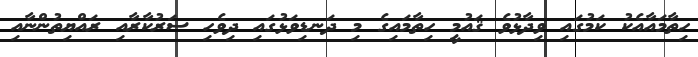
ހިތާމައާއެކު ކަމުގައި ވިދާޅުވެ ޤައުމީ ހިތާމައިގެ މި ދަނޑިވަޅުގައި ދިވެހި ސަރުކާރާއި ރައްޔިތުންނާއި